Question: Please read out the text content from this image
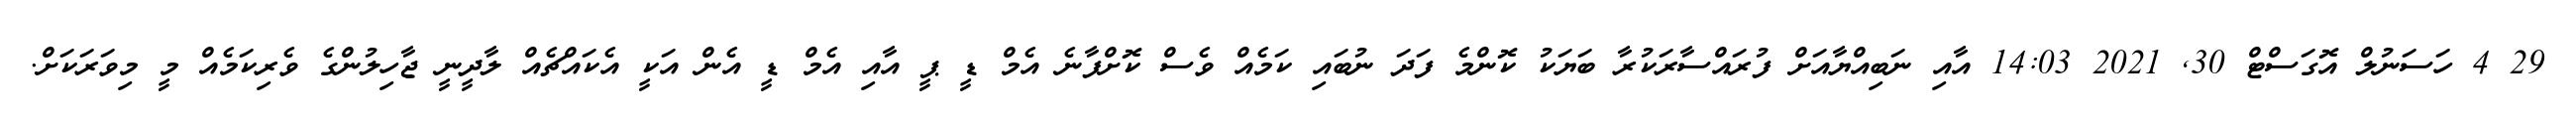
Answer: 29 4 ހަސަނުލް އޮގަސްޓް 30, 2021 14:03 އާއި ނަބިއްޔާއަށް ފުރައްސާރަކުރާ ބަޔަކު ކޮންމެ ފަދަ ނުބައި ކަމެއް ވެސް ކޮށްފާނެ އެމް ޑީ ޕީ އާއި އެމް ޑީ އެން އަކީ އެކައްޗެއް ލާދީނީ ޖާހިލުންގެ ވެރިކަމެއް މީ މިވަރަކަށް.